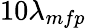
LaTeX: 10\lambda_{mfp}